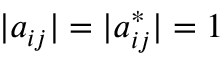
| a _ { i j } | = | a _ { i j } ^ { * } | = 1